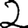
Digit: 2